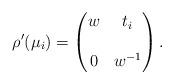
LaTeX: \begin{align*}\rho'(\mu_i) = \begin{pmatrix} w & t_i\\ & \\ 0 & w^{-1} \end{pmatrix}.\end{align*}